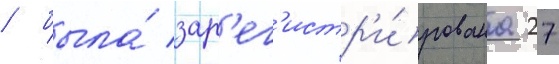
/ была́ зар'ег'истр'и́рована 27